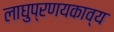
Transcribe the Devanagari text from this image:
लाघुप्रणयकाव्य